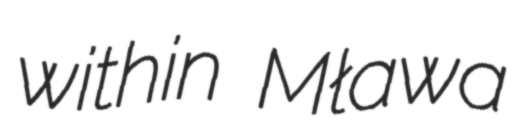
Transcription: within Mława